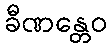
ခီဏန္တေဝ